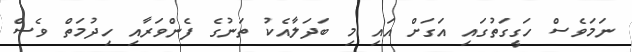
ނަމަވެސް ހަގީގަތުގައި އަގަށް އައި މި ބަދަލާއެކު ތަނުގެ ފެންވަރާއި ހިދުމަތް ވެސް